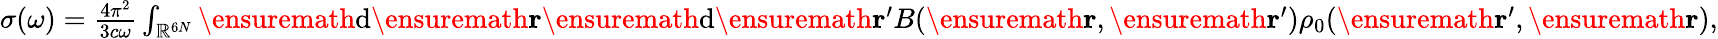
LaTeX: \begin{array}{r}{\sigma(\omega)=\frac{4\pi^{2}}{3c\omega}\int_{\mathbb{R}^{6N}}\ensuremath{\mathrm{d}}\ensuremath{\mathbf{r}}\ensuremath{\mathrm{d}}\ensuremath{\mathbf{r}}^{\prime}B(\ensuremath{\mathbf{r}},\ensuremath{\mathbf{r}}^{\prime})\rho_{0}(\ensuremath{\mathbf{r}}^{\prime},\ensuremath{\mathbf{r}}),}\end{array}